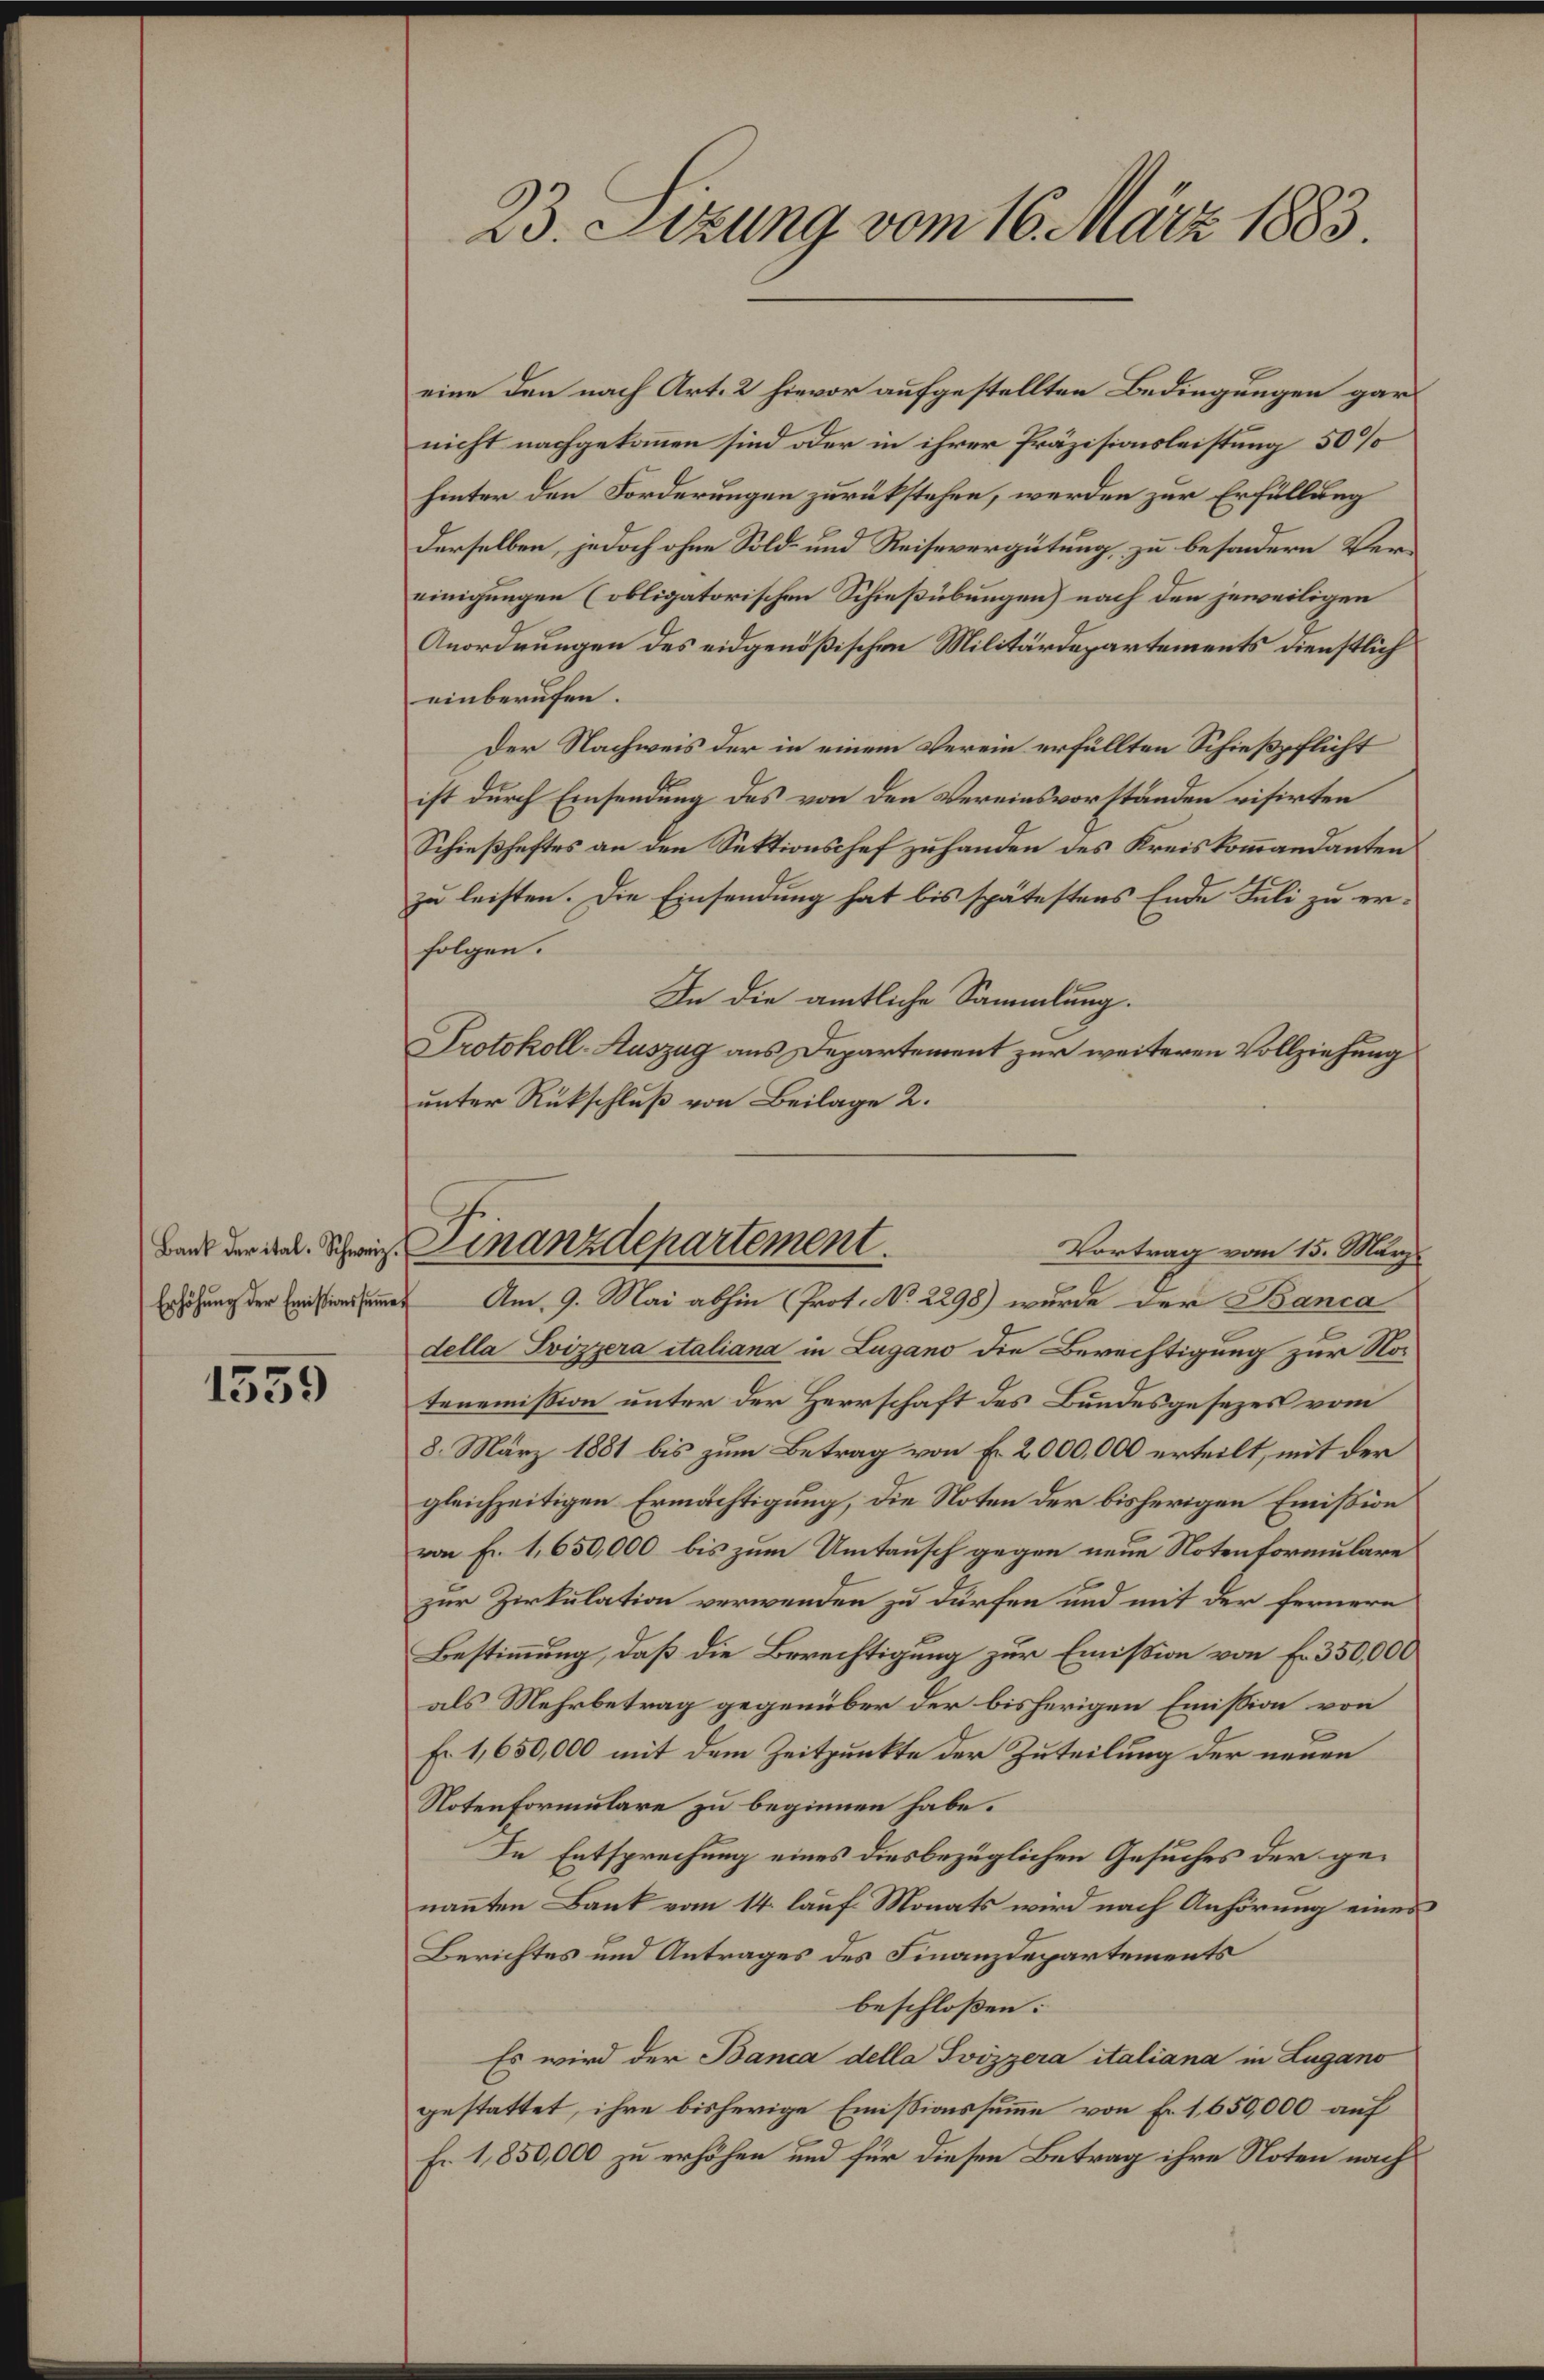
Bank der ital- Schweiz.

1555

23. Sizung vom 16. März 1883.

eine den nach Art. 2 hievor aufgestellten Bedingungen gar
nicht nachgekommen sind oder in ihrer Präzisionsleistung 50%
hinter den Forderungen zurückstehen, werden zur Erfüllung
Derselben, jedoch ohne Sold- und Reisevergütung zu besondern Vereinigungen (obligatorischen Schießübungen) nach den jeweiligen
Anordnungen des eidgenößischen Militärdepartements dienstlich
einberufen.
Der Nachweis der in einem Verein erfüllten Schießpflicht
ist durch Einsendung des von den Vereinsvorständen visirten
Schießhaftes an den Sektionschef zu handen des Kreiskommandanten
zu leisten. Die Einsendung hat bis spätestens Ende Juli zu erfolgen.
In die amtliche Sammlung.
Protokoll-Auszug aus Departement zur weiteren Vollziehung
unter Rückschluß von Beilage 2.
Vortrag vom 15. März
Erhöhung der Fristinsame. Am 9. Mai abhin (Prot. No 2298) wurde der Banca
della Svizzera italiana in Lugano die Berechtigung zur Nor
tenemission unter der Herrschaft des Bundesgesezes vom
8. März 1881 bis zum Betrag von Fr. 2,000,000 erteilt, mit der
gleichzeitigen Ermächtigung, die Noten der bisherigen Emission
von Fr. 1,650,000 bis zum Umtausch gegen neue Notenformulare
zur Zirkulation verwenden zu dürfen und mit der fernere
Bestimmung, daß die Berechtigung zur Emission von Fr. 350,000
als Mehrbetrag gegenüber der bisherigen Emission von
Fr 1,650,000 mit dem Zeitpunkte der Zuteilung der neuen
Notenformulare zu beginnen habe.
In Entsprechung eines diesbezüglichen Gesuches der genannten Bank vom 14. lauf Monats wird nach Anhörung eines
Berichtes und Antrages des Finanzdepartements
beschloßen:
Es wird der Banca della Svizzera italiana in Lugano
gestattet, ihre bisherige Emissionssumme von Fr. 1,650,000 auf
Fr. 1850,000 zu erhöhen und für diesen Betrag ihre Noten nach

Finanzdepartement.